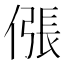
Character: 𫣖